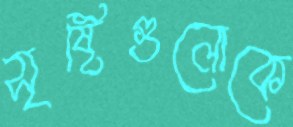
সৃষ্টিগুলোকে